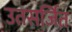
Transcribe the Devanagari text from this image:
उतसर्जित